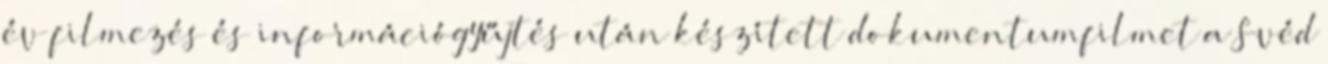
év filmezés és információgyűjtés után készített dokumentumfilmet a Svéd